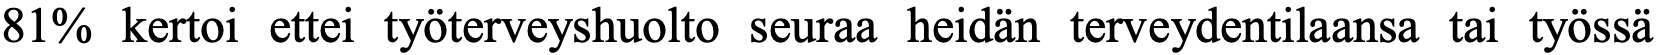
81% kertoi ettei työterveyshuolto seuraa heidän terveydentilaansa tai työssä